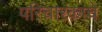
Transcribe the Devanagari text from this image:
परिचारकाचे